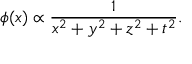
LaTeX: \phi ( x ) \propto { \frac { 1 } { x ^ { 2 } + y ^ { 2 } + z ^ { 2 } + t ^ { 2 } } } .